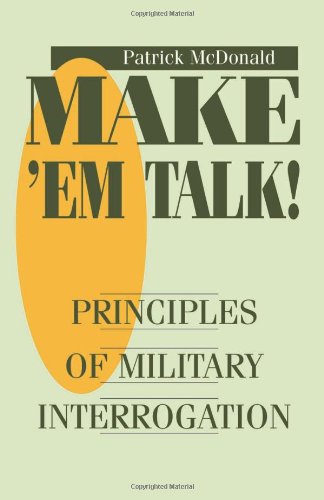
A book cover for Make Ã¢EE¬EE¢em Talk: Principles Of Military Interrogation; Patrick Mcdonald; Law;